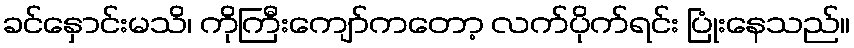
ခင်နှောင်းမသိ၊ ကိုကြီးကျော်ကတော့ လက်ပိုက်ရင်း ပြုံးနေသည်။